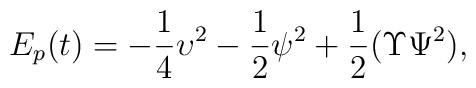
E_{p}(t)=- \frac{1}{4}\upsilon^2-\frac12 \psi^2+  \frac{1}{ 2}(\Upsilon \Psi^2 ),